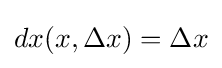
dx(x,\Delta x)=\Delta x